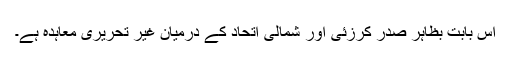
اس بابت بظاہر صدر کرزئی اور شمالی اتحاد کے درمیان غیر تحریری معاہدہ ہے۔